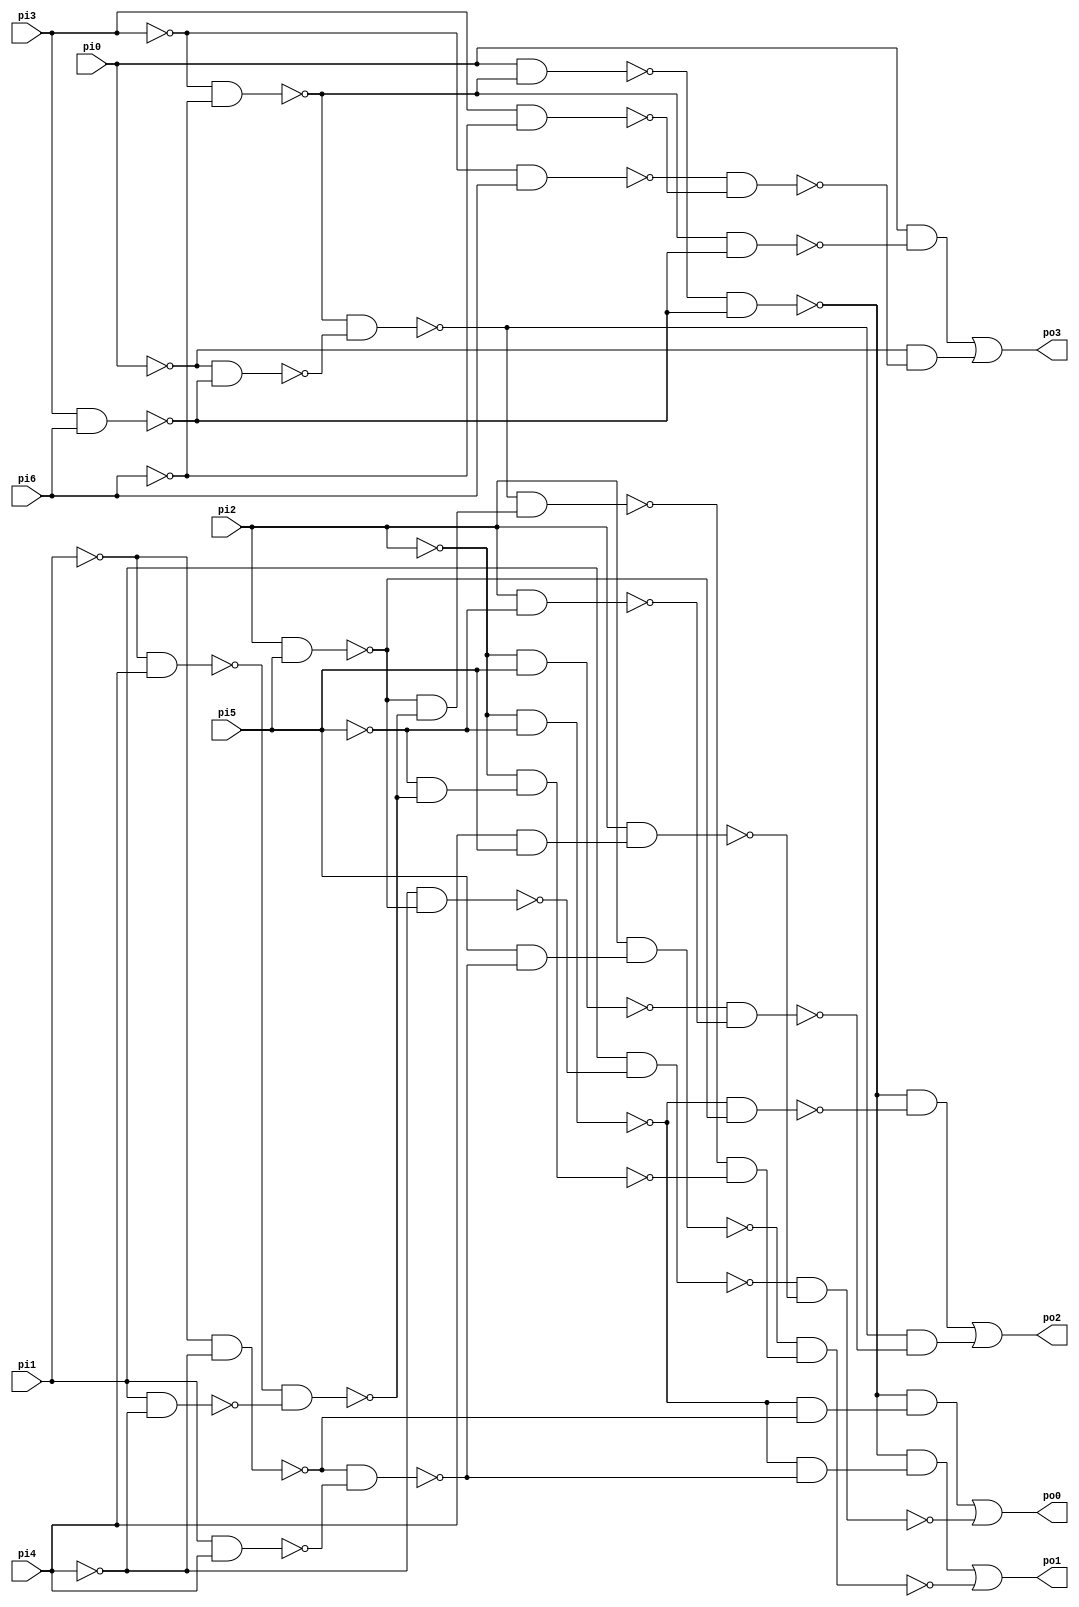
// Benchmark "z4ml" written by ABC on Sun Apr 22 21:43:17 2018

module z4ml ( 
    pi0, pi1, pi2, pi3, pi4, pi5, pi6,
    po0, po1, po2, po3  );
  input  pi0, pi1, pi2, pi3, pi4, pi5, pi6;
  output po0, po1, po2, po3;
  wire n12, n13, n14, n15, n16, n17, n18, n19, n20, n21, n22, n23, n24, n25,
    n27, n28, n29, n30, n31, n32, n33, n34, n35, n36, n37, n38, n39, n40,
    n41, n42, n43, n45, n46, n47, n48, n49, n50, n52, n53, n54, n55, n56,
    n57;
  assign n12 = ~pi3 & ~pi6;
  assign n13 = pi0 & ~n12;
  assign n14 = pi3 & pi6;
  assign n15 = ~n13 & ~n14;
  assign n16 = ~pi2 & ~pi5;
  assign n17 = ~pi1 & ~pi4;
  assign n18 = ~n16 & ~n17;
  assign n19 = ~n15 & n18;
  assign n20 = pi2 & pi5;
  assign n21 = ~pi4 & ~n20;
  assign n22 = pi1 & ~n21;
  assign n23 = pi4 & pi5;
  assign n24 = pi2 & n23;
  assign n25 = ~n22 & ~n24;
  assign po0 = n19 | ~n25;
  assign n27 = pi1 & pi4;
  assign n28 = ~n17 & ~n27;
  assign n29 = ~n16 & ~n28;
  assign n30 = ~n15 & n29;
  assign n31 = pi5 & ~n28;
  assign n32 = pi2 & n31;
  assign n33 = ~pi0 & ~n14;
  assign n34 = ~n12 & ~n33;
  assign n35 = ~pi1 & pi4;
  assign n36 = pi1 & ~pi4;
  assign n37 = ~n35 & ~n36;
  assign n38 = ~n20 & ~n37;
  assign n39 = ~n34 & n38;
  assign n40 = ~pi5 & ~n37;
  assign n41 = ~pi2 & n40;
  assign n42 = ~n39 & ~n41;
  assign n43 = ~n32 & n42;
  assign po1 = n30 | ~n43;
  assign n45 = ~n16 & ~n20;
  assign n46 = ~n15 & ~n45;
  assign n47 = ~pi2 & pi5;
  assign n48 = pi2 & ~pi5;
  assign n49 = ~n47 & ~n48;
  assign n50 = ~n34 & ~n49;
  assign po2 = n46 | n50;
  assign n52 = ~n12 & ~n14;
  assign n53 = pi0 & ~n52;
  assign n54 = ~pi3 & pi6;
  assign n55 = pi3 & ~pi6;
  assign n56 = ~n54 & ~n55;
  assign n57 = ~pi0 & ~n56;
  assign po3 = n53 | n57;
endmodule